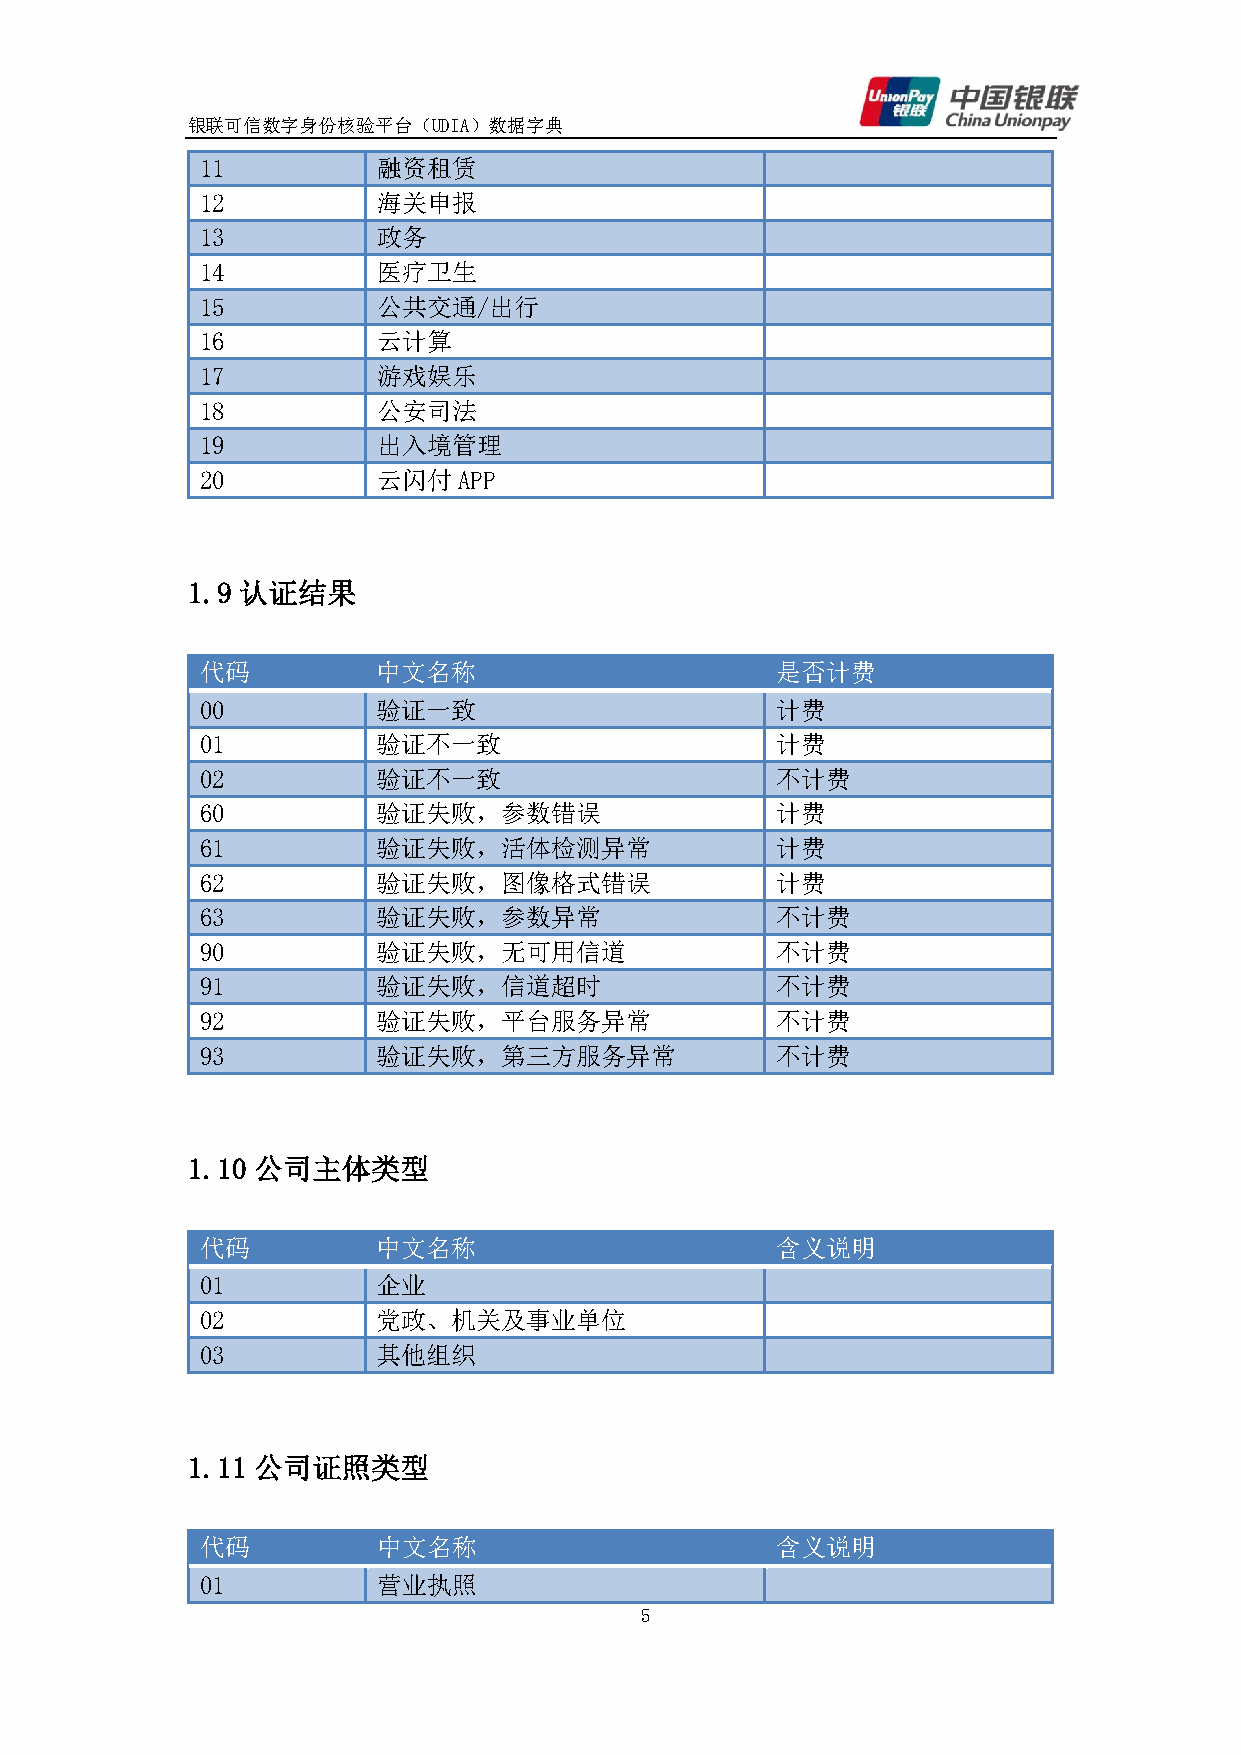
银联可信数字身份核验平台（UDIA）数据字典
 11          融资租赁
 12          海关申报
 13          政务
 14          医疗卫生
 15          公共交通/出行
 16          云计算
 17          游戏娱乐
 18          公安司法
 19          出入境管理
 20          云闪付  APP
 1.9 认证结果
 代码          中文名称                      是否计费
 00          验证一致                      计费
 01          验证不一致                     计费
 02          验证不一致                     不计费
 60          验证失败，参数错误                 计费
 61          验证失败，活体检测异常               计费
 62          验证失败，图像格式错误               计费
 63          验证失败，参数异常                 不计费
 90          验证失败，无可用信道                不计费
 91          验证失败，信道超时                 不计费
 92          验证失败，平台服务异常               不计费
 93          验证失败，第三方服务异常              不计费
 1.10 公司主体类型
 代码          中文名称                      含义说明
 01          企业
 02          党政、机关及事业单位
 03          其他组织
 1.11 公司证照类型
 代码          中文名称                      含义说明
 01          营业执照
 5